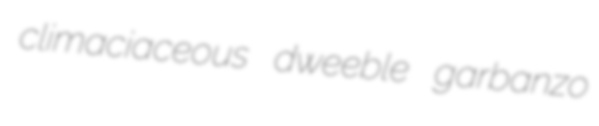
climaciaceous dweeble garbanzo